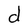
Character: d